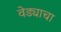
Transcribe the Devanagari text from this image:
वेड्याचा